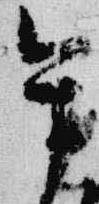
午